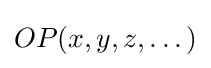
OP(x,y,z,\dots )